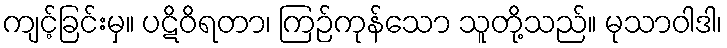
ကျင့်ခြင်းမှ။ ပဋိဝိရတာ၊ ကြဉ်ကုန်သော သူတို့သည်။ မုသာဝါဒါ၊